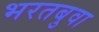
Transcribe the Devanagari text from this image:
भरतबुवा